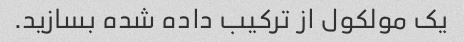
یک مولکول از ترکیب داده شده بسازید.